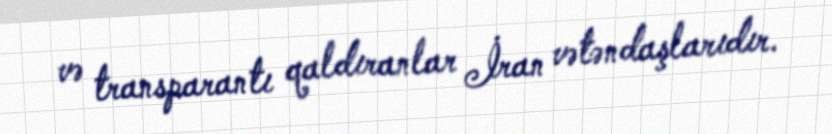
və transparantı qaldıranlar İran vətəndaşlarıdır.